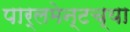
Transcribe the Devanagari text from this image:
पार्लमेन्टच्या